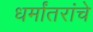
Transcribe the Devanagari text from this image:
धर्मांतरांचे